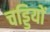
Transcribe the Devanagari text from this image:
चड्डियों